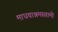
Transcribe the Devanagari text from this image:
माधवाश्रमस्वामी